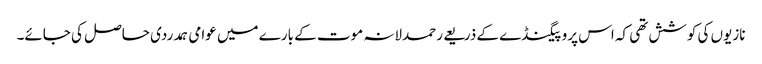
نازیوں کی کوشش تھی کہ اس پروپیگنڈے کے ذریعے رحمدلانہ موت کے بارے میں عوامی ہمدردی حاصل کی جائے۔